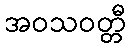
အဝသဝတ္တီ